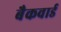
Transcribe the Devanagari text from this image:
बैकवार्ड